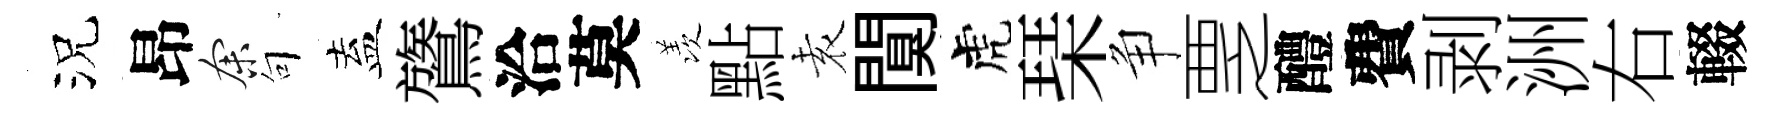
況昂余句盍鷟洽莫羡點𡊮闃虎琹争覂醴費剥洲右輟